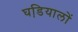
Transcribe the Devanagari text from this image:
घडि़यालों